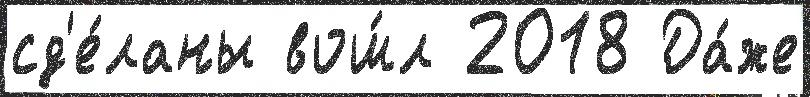
сд'е́ланы вош́л 2018 Да́же